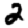
Digit: 2